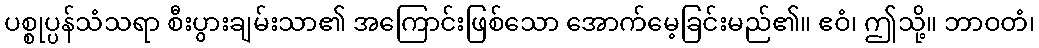
ပစ္စုပ္ပန်သံသရာ စီးပွားချမ်းသာ၏ အကြောင်းဖြစ်သော အောက်မေ့ခြင်းမည်၏။ ဧဝံ၊ ဤသို့။ ဘာဝတံ၊